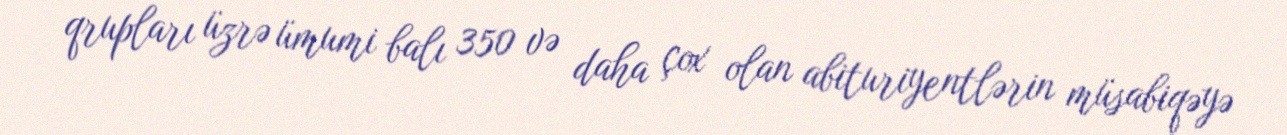
qrupları üzrə ümumi balı 350 və daha çox olan abituriyentlərin müsabiqəyə